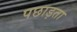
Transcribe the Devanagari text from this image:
पछाड़ता